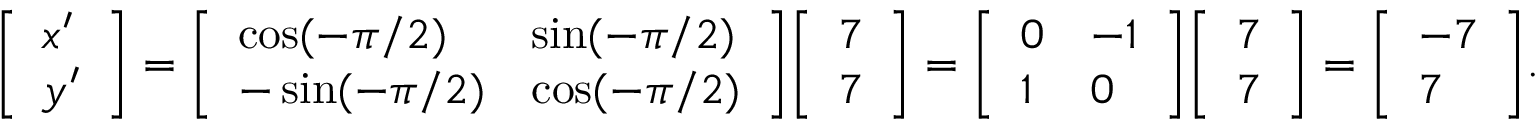
{ \left[ \begin{array} { l } { x ^ { \prime } } \\ { y ^ { \prime } } \end{array} \right] } = { \left[ \begin{array} { l l } { \cos ( - \pi / 2 ) } & { \sin ( - \pi / 2 ) } \\ { - \sin ( - \pi / 2 ) } & { \cos ( - \pi / 2 ) } \end{array} \right] } { \left[ \begin{array} { l } { 7 } \\ { 7 } \end{array} \right] } = { \left[ \begin{array} { l l } { 0 } & { - 1 } \\ { 1 } & { 0 } \end{array} \right] } { \left[ \begin{array} { l } { 7 } \\ { 7 } \end{array} \right] } = { \left[ \begin{array} { l } { - 7 } \\ { 7 } \end{array} \right] } .